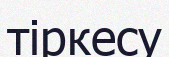
тіркесу